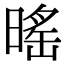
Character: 暚